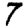
Digit: 7